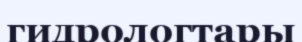
гидрологтары